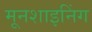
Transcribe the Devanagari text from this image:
मूनशाइनिंग